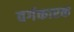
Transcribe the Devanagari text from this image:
वर्गकारक